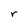
Character: r